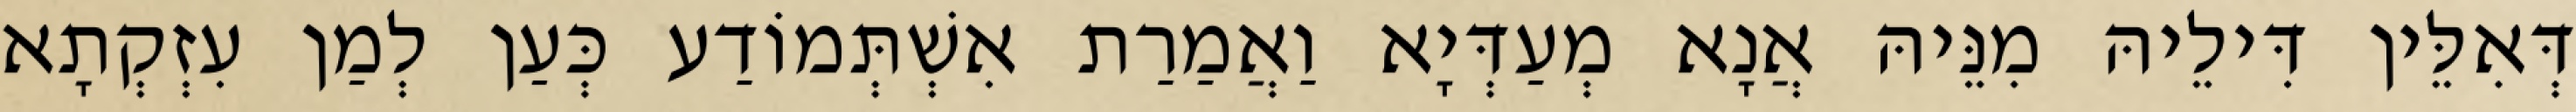
דְּאִלֵּין דִּילֵיהּ מִנֵּיהּ אֲנָא מְעַדְּיָא וַאֲמַרַת אִשְׁתְּמוֹדַע כְּעַן לְמַן עִזְקְתָא